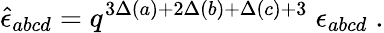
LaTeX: \hat{\epsilon}_{abcd}=q^{3\Delta(a)+2\Delta(b)+\Delta(c)+3}\; \epsilon_{abcd}\; .